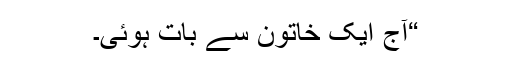
“آج ایک خاتون سے بات ہوئی۔